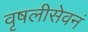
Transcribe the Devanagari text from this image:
वृषलीसेवनं